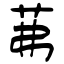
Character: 茀